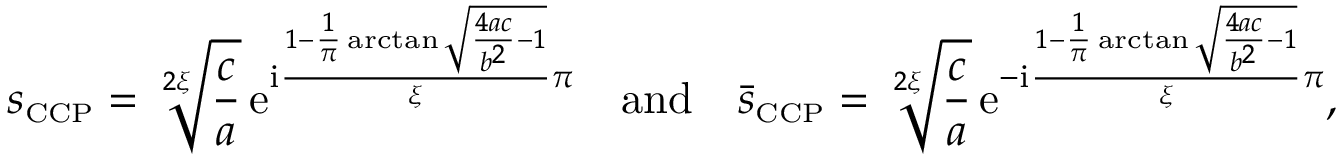
s _ { \scriptscriptstyle { \mathrm { C C P } } } = \sqrt [ 2 \xi ] { \frac { c } { a } } \, \mathrm { e } ^ { \mathrm { i } \frac { 1 - \frac { 1 } { \pi } \arctan \sqrt { \frac { 4 a c } { b ^ { 2 } } - 1 } } { \xi } \pi } \quad \mathrm { a n d } \quad \bar { s } _ { \scriptscriptstyle { \mathrm { C C P } } } = \sqrt [ 2 \xi ] { \frac { c } { a } } \, \mathrm { e } ^ { - \mathrm { i } \frac { 1 - \frac { 1 } { \pi } \arctan \sqrt { \frac { 4 a c } { b ^ { 2 } } - 1 } } { \xi } \pi } ,